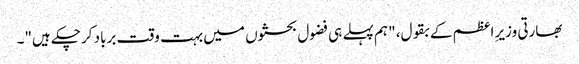
بھارتی وزیرِ اعظم کے بقول، "ہم پہلے ہی فضول بحثوں میں بہت وقت برباد کرچکے ہیں"۔